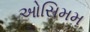
ઓસિમમ